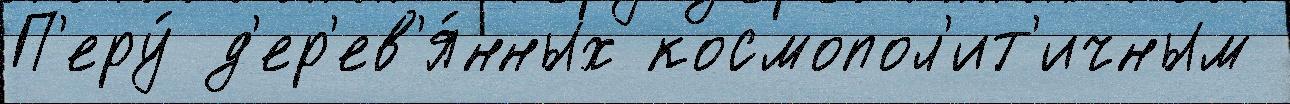
П'еру́ д'ер'ев'я́нных космопол'ит'ичным